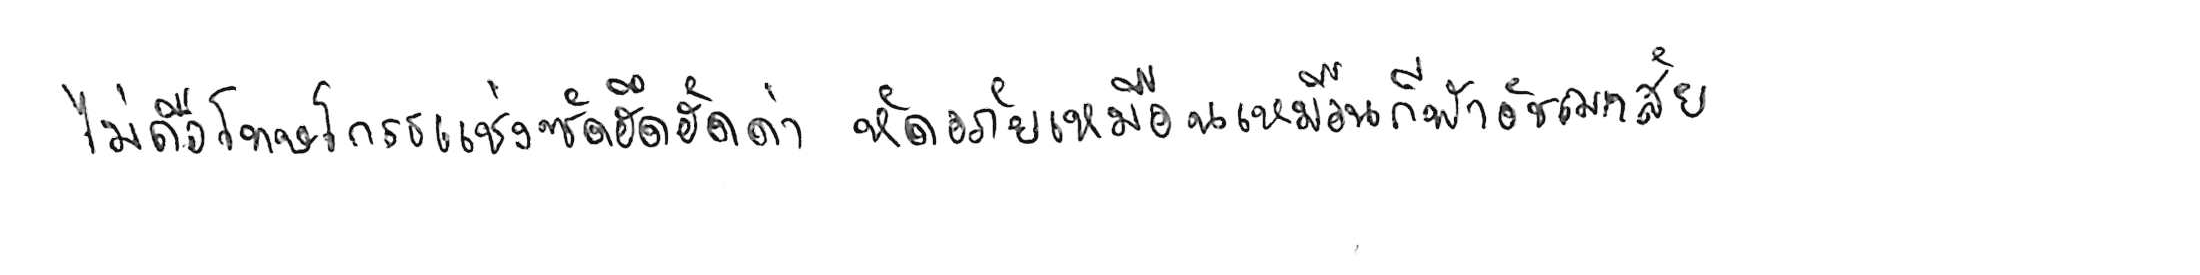
ไม่ถือโทษโกรธแช่งซัดฮึดฮัดด่า หัดอภัยเหมือนกีฬาอัชฌาสัย